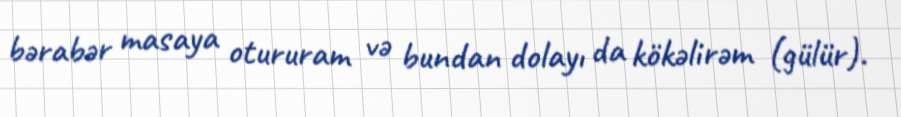
bərabər masaya otururam və bundan dolayı da kökəlirəm (gülür).